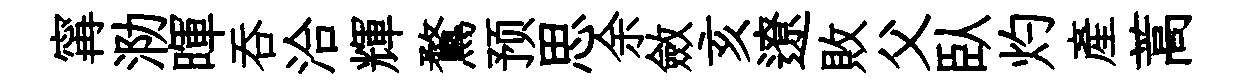
𡩋泐暉吞洽輝鶩预思余斂亥遼敗父臥灼産蒿